Report of the Indian Hemp Drugs Commission, 1894-1895 - Volume IV
Year: 1894
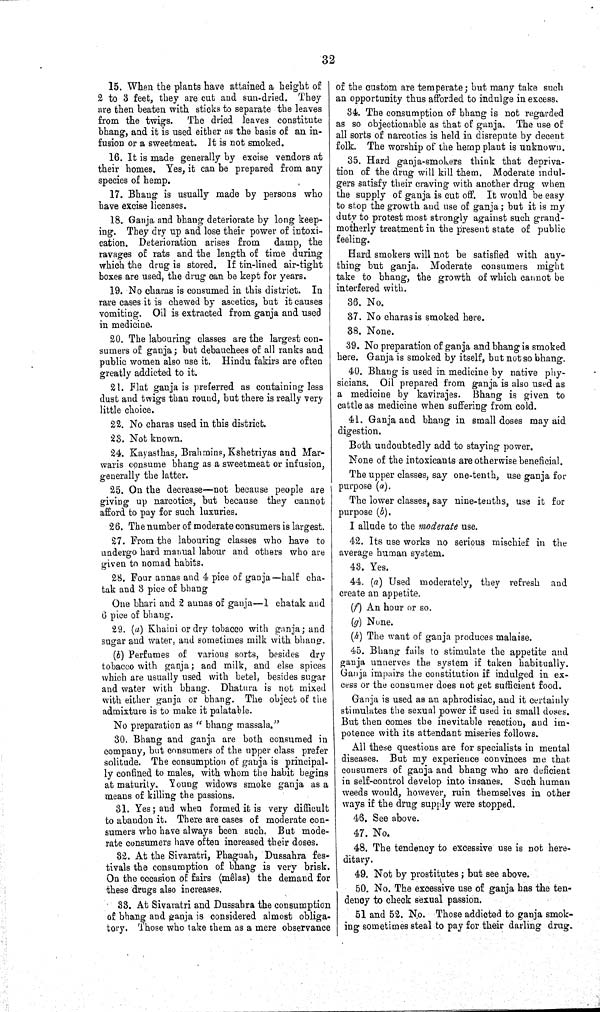
32
15. When the plants have attained a height of
2 to 3 feet, they are cut and sun-dried. They
are then beaten with sticks to separate the leaves
from the twigs.
The dried leaves constitute
bhang, and it is used either as the basis of an in-
fusion or a sweetmeat. It is not smoked.
16. It is made generally by excise vendors at
their homes. Yes, it can be prepared from any
species of hemp.
17. Bhang is usually made by persons who
have excise licenses.
18. Ganja and bhang deteriorate by long keep-
ing. They dry up and lose their power of intoxi-
cation. Deterioration arises from
damp, the
ravages of rats and the length of time during
which the drug is stored. If tin-lined air-tight
boxes are used, the drug can be kept for years.
19. No charas is consumed in this district.
In
rare cases it is chewed by ascetics, but it causes
vomiting. Oil is extracted from ganja and used
in medicine.
20. The labouring classes are the largest con-
sumers of ganja; but debauchees of all ranks and
public women also use it. Hindu fakirs are often
greatly addicted to it.
21. Flat ganja is preferred as containing less
dust and twigs than round, but there is really very
little choice.
22. No charas used in this district.
23. Not known.
24. Kayasthas, Brahmins, Kshetriyas and Mar-
waris consume bhang as a sweetmeat or infusion,
generally the latter.
25. On the decrease—not because people are
giving up narcotics, but because they cannot
afford to pay for such luxuries.
26. The number of moderate consumers is largest.
27. From the labouring classes who have to
undergo hard manual labour and others who are
given to nomad habits.
28. Four annas and 4 pice of ganja—half cha-
tak and 3 pice of bhang
One bhari and 2 aunas of ganja—1 chatak and
6 pice of bhang.
29. (a) Khaini or dry tobacco with ganja; and
sugar and water, and sometimes milk with bhang.
(b) Perfumes of various sorts, besides dry
tobacco with ganja; and milk, and else spices
which are usually used with betel, besides sugar
and water with bhang. Dhatura is not mixed
with either ganja or bhang. The object of the
admixture is to make it palatable.
No preparation as "bhang massala."
30. Bhang and ganja are both consumed in
company, but consumers of the upper class prefer
solitude. The consumption of ganja is principal-
ly confined to males, with whom the habit begins
at maturity. Young widows smoke ganja as a
means of killing the passions.
31. Yes; and when formed it is very difficult
to abandon it. There are cases of moderate con-
sumers who have always been such. But mode-
rate consumers have often increased their doses.
32. At the Sivaratri, Phaguah, Dussahra fes-
tivals the consumption of bhang is very brisk.
On the occasion of fairs (mêlas) the demand for
these drugs also increases.
33. At Sivaratri and Dussahra the consumption
of bhang and ganja is considered almost obliga-
tory. Those who take them as a mere observance
of the custom are temperate; but many take such
an opportunity thus afforded to indulge in excess.
34. The consumption of bhang is not regarded
as so objectionable as that of ganja. The use of
all sorts of narcotics is held in disrepute by decent
folk. The worship of the hemp plant is unknown.
35. Hard ganja-smokers think that depriva-
tion of the drug will kill them. Moderate indul-
gers satisfy their craving with another drug when
the supply of ganja is cut off. It would be easy
to stop the growth and use of ganja; but it is my
duty to protest most strongly against such grand-
motherly treatment in the present state of public
feeling.
Hard smokers will not be satisfied with any-
thing but ganja. Moderate consumers might
take to bhang, the growth of which cannot be
interfered with.
36. No.
37. No charas is smoked here.
38. None.
39. No preparation of ganja and bhang is smoked
here. Ganja is smoked by itself, but not so bhang.
40. Bhang is used in medicine by native phy-
sicians. Oil prepared from ganja is also used as
a medicine by kavirajes. Bhang is given to
cattle as medicine when suffering from cold.
41. Ganja and bhang in small doses may aid
digestion.
Both undoubtedly add to staying power.
None of the intoxicants are otherwise beneficial.
The upper classes, say one-tenth, use ganja for
purpose (a).
The lower classes, say nine-tenths, use it for
purpose (b).
I allude to the moderate use.
42. Its use works no serious mischief in the
average human system.
43. Yes.
44. (a) Used moderately, they refresh and
create an appetite.
(f) An hour or so.
(g) None.
(h) The want of ganja produces malaise.
45. Bhang fails to stimulate the appetite and
ganja unnerves the system if taken habitually.
Ganja impairs the constitution if indulged in ex-
cess or the consumer does not get sufficient food.
Ganja is used as an aphrodisiac, and it certainly
stimulates the sexual power if used in small doses.
But then comes the inevitable reaction, and im-
potence with its attendant miseries follows.
All these questions are for specialists in mental
diseases. But my experience convinces me that
consumers of ganja and bhang who are deficient
in self-control develop into insanes. Such human
weeds would, however, ruin themselves in other
ways if the drug supply were stopped.
46. See above.
47. No.
48. The tendency to excessive use is not here-
ditary.
49. Not by prostitutes; but see above.
50. No. The excessive use of ganja has the ten-
dency to check sexual passion.
51 and 52. No. Those addicted to ganja smok-
ing sometimes steal to pay for their darling drug.